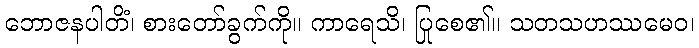
ဘောဇနပါတိံ၊ စားတော်ခွက်ကို။ ကာရေသိ၊ ပြုစေ၏။ သတသဟဿမေဝ၊